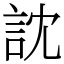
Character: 訦